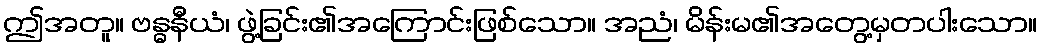
ဤအတူ။ ဗန္ဓနီယံ၊ ဖွဲ့ခြင်း၏အကြောင်းဖြစ်သော။ အညံ၊ မိန်းမ၏အတွေ့မှတပါးသော။